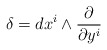
\begin{align*}\delta = d x^i \wedge \frac{\partial}{\partial y^i}\end{align*}